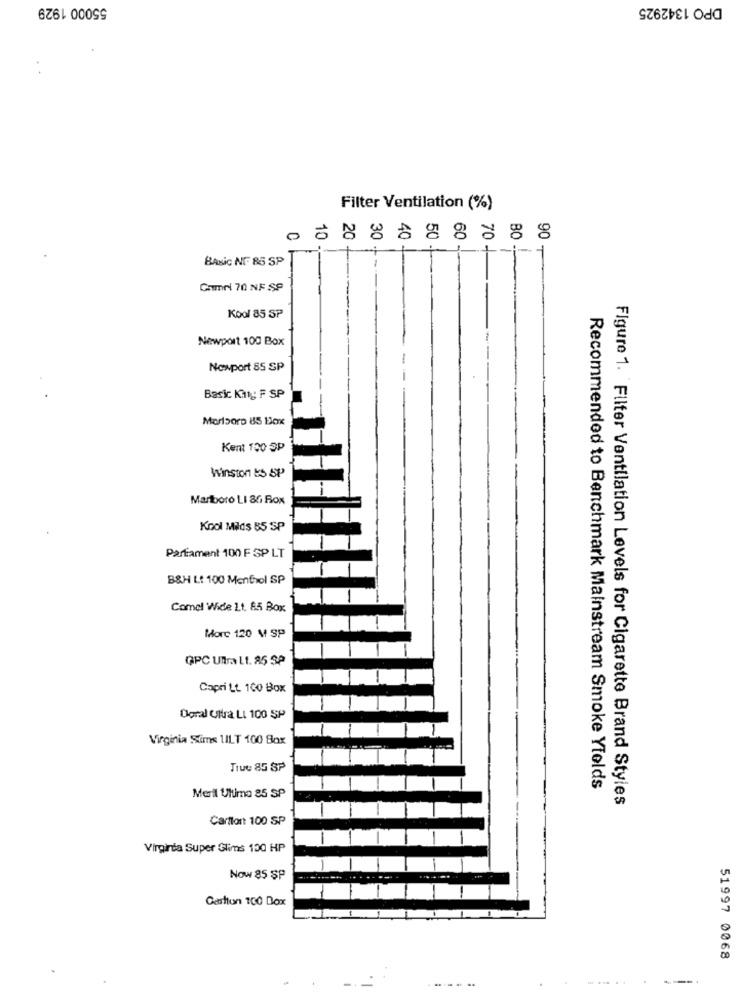
55000 1929
DPO 1342925
Filter Ventilation (%)
70
90
BASIC NE. 85 SP
Game 70 NF SP
Kool 85 SP
Newport 100 Box
Newport 85 SP
Basic Kinty F SP
Kent 100 SP
Winston ES SP
Marlboro LI 86 Fox
Kool Milds 85 SP
Partament 100 F SP LT
B&H Lt 100 Menthol SP
Comel Wide Lt. 85 Box
More 120 M SP
GPC Ultra Lt. 85 $P
Capri Lt. 100 Box
Doral Ultra LI 100 SP
Virginia Sims 1ILT 100 Box
True 85 SP
Recommended to Benchmark Mainstream Smoke Ytolds
Meril Uluma 85 SP
Figure 1. Filter Ventilation Levels for Cigarette Brand Styles
Cartlon 100 SP
Virginia Super Glims 100 HP
Now 85 $P
Carlton 100 Dox
51997 0068
.....
---.